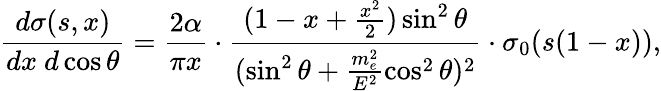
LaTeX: \frac{d\sigma(s,x)}{dx~d\cos{\theta}}=\frac{2\alpha}{\pi x}\cdot\frac{(1-x+\frac{x^{2}}{2})\sin^{2}{\theta}}{(\sin^{2}{\theta}+\frac{m_{e}^{2}}{E^{2}}\cos^{2}{\theta})^{2}}\cdot\sigma_{0}(s(1-x)),